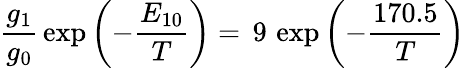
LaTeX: \frac{g_{1}}{g_{0}}\, \exp\left(-\frac{E_{10}}{T}\right)=\, 9\, \exp\left(-\frac{170.5}{T}\right)